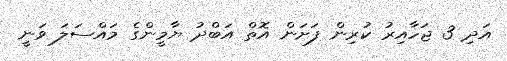
އަދި 3 ޖަހާއިރު ކުރިން ފަށަން އޮތް އަބްދު ޔާމީންގެ މައްސަލަ ވަނީ